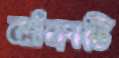
ঝাঁকাটি